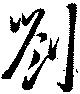
劉